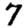
Digit: 7